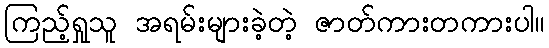
ကြည့်ရှုသူ အရမ်းများခဲ့တဲ့ ဇာတ်ကားတကားပါ။